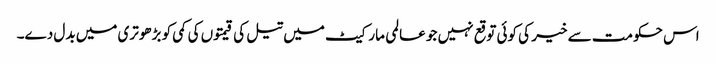
اس حکومت سے خیر کی کوئی توقع نہیں جو عالمی مارکیٹ میں تیل کی قیمتوں کی کمی کو بڑھوتری میں بدل دے۔